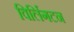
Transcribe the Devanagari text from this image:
विर्लिगटन